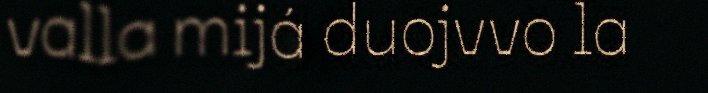
valla mijá duojvvo la